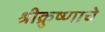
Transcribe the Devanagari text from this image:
श्रीक्रुष्णाचे